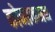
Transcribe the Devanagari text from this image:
कोनाकमन